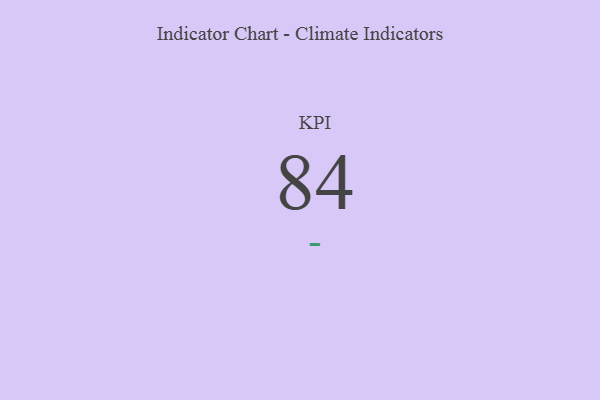
{"axis": {"x": "KPI", "y": "Value"}, "legend": [""], "data": [{"x": "KPI", "y": 84, "type": ""}]}